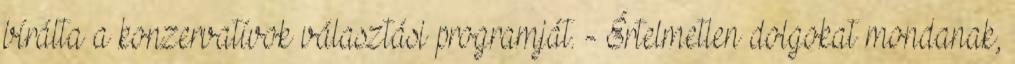
bírálta a konzervatívok választási programját. - Értelmetlen dolgokat mondanak,